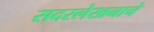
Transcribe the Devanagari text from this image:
सदरलेखनाचे